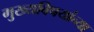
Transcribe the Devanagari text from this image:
मुख्यविषयांच्या